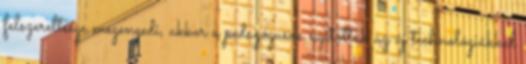
felszereltsége megengedi, akkor a pedagógusok nyitottak az új technológiákkal